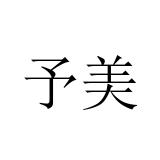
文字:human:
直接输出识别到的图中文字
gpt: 予美